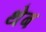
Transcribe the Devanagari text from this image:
थेब